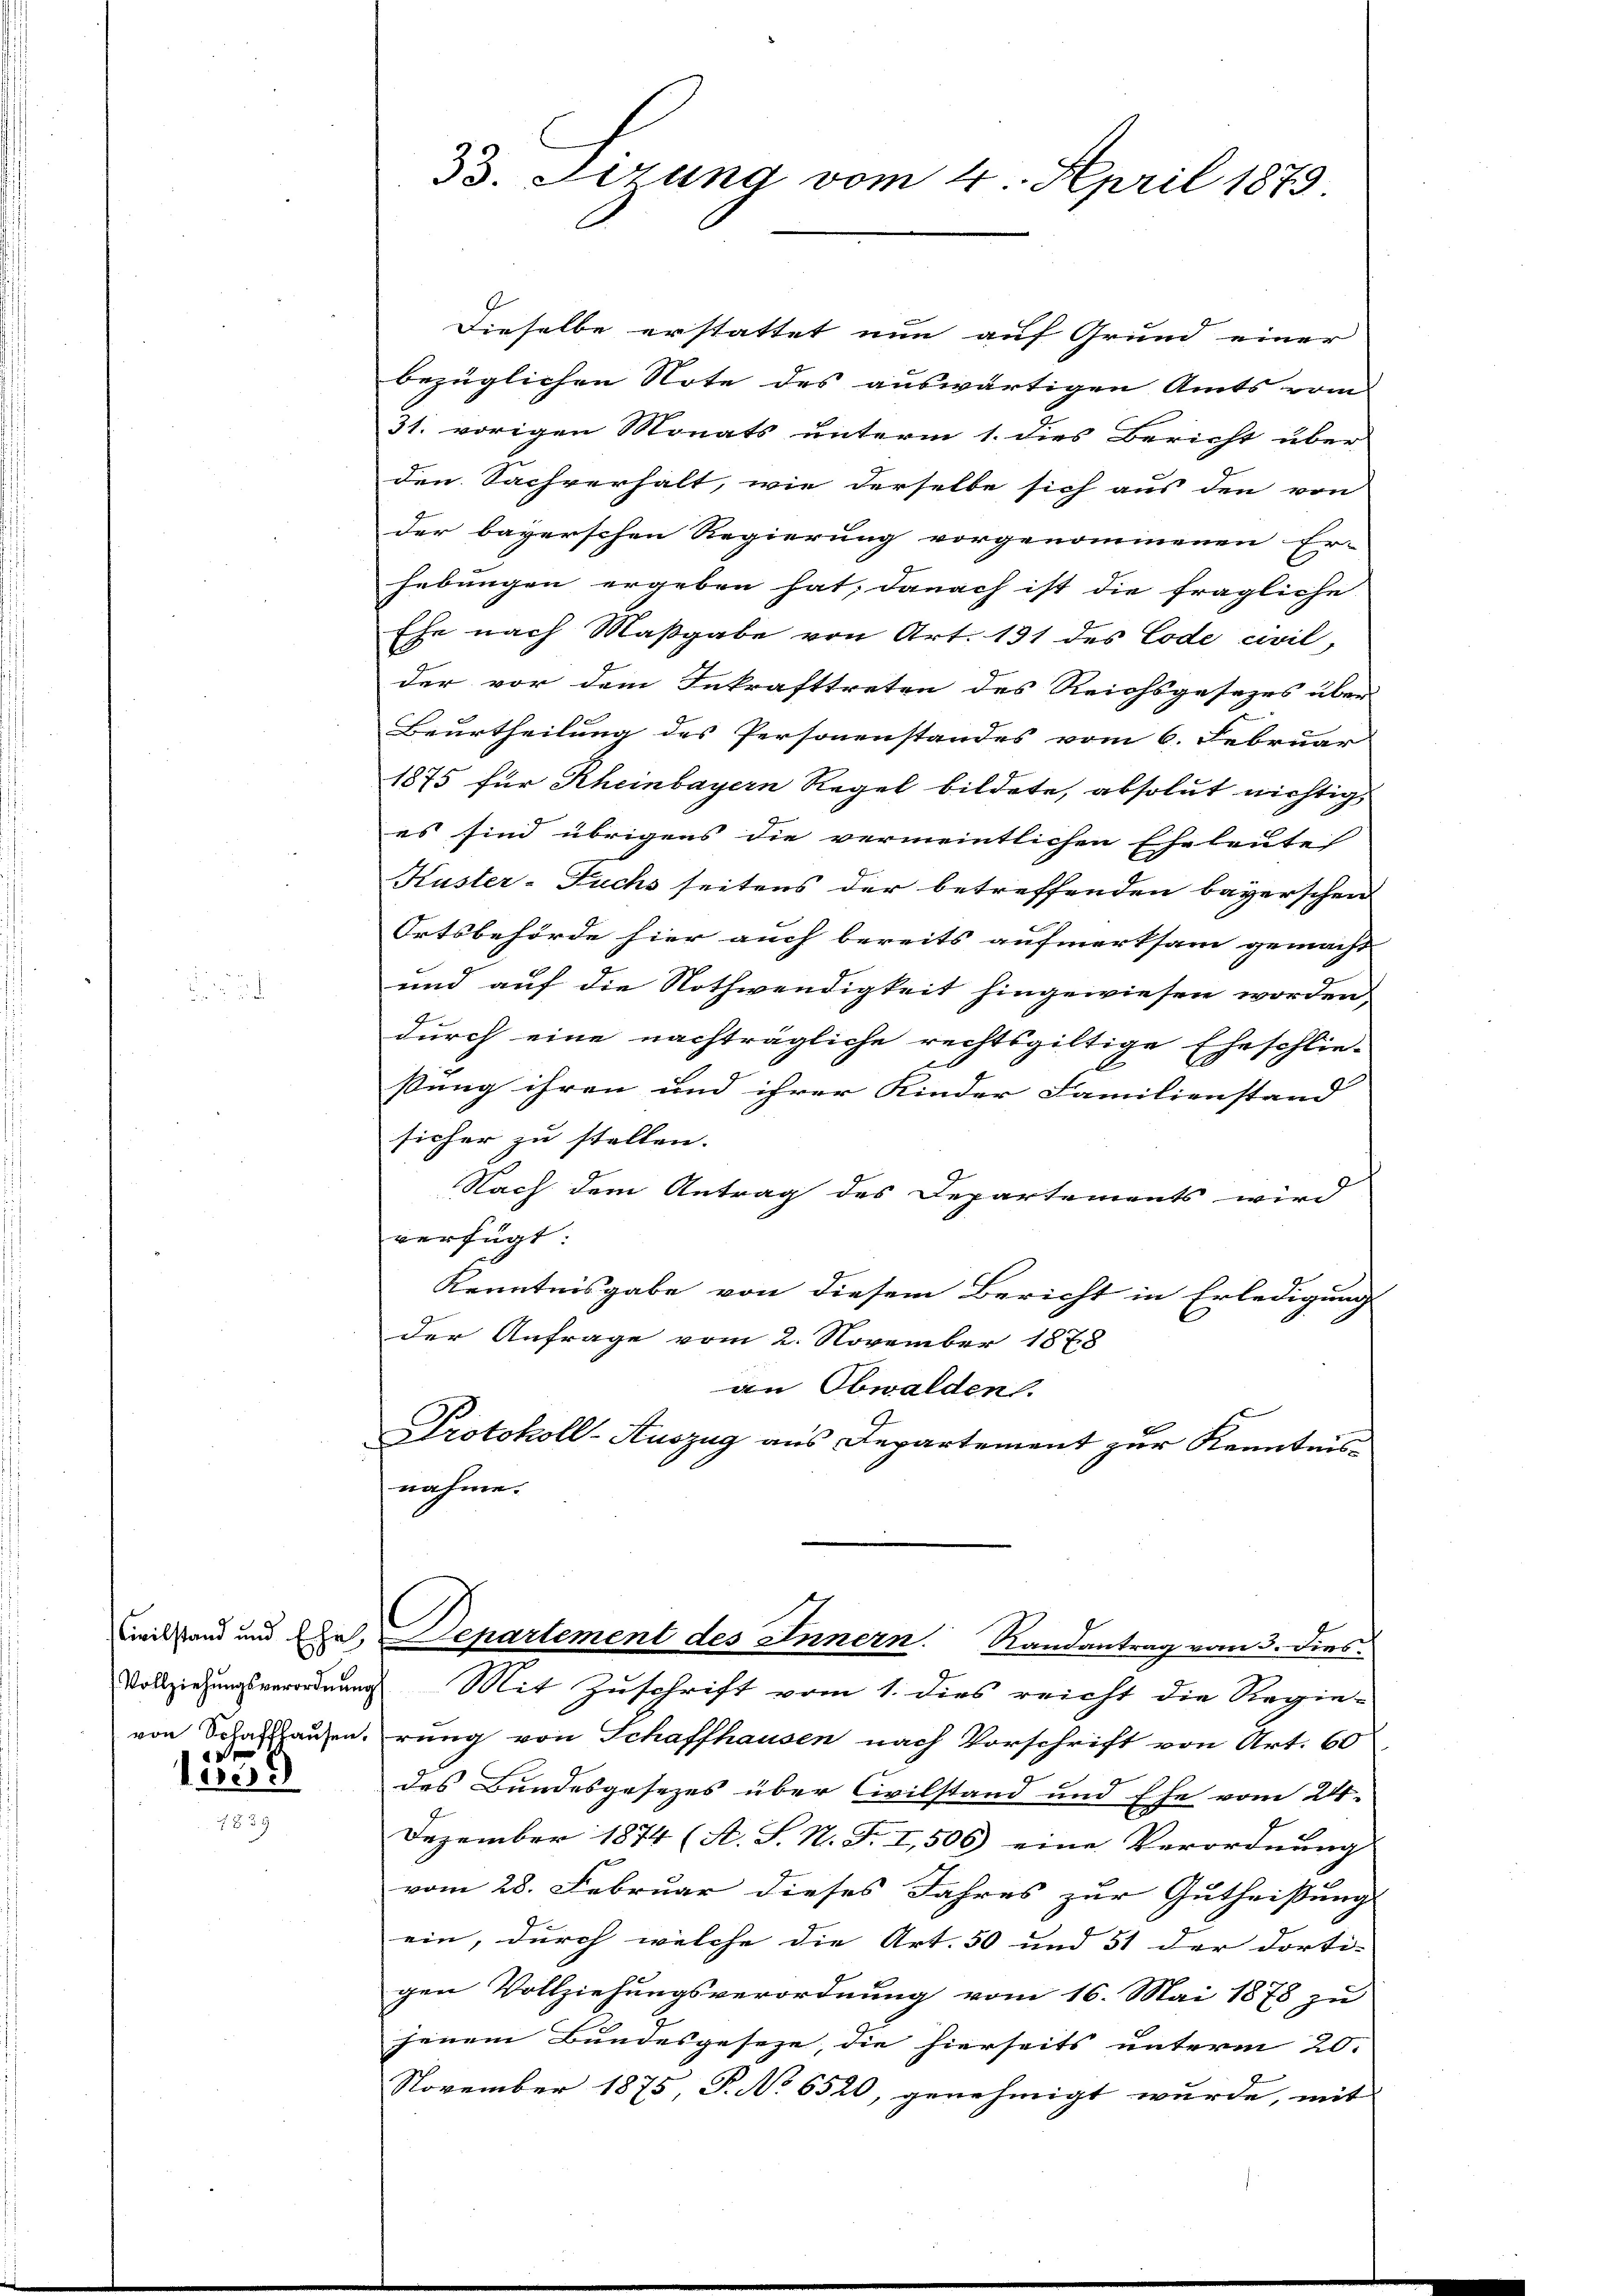
Vollziehungsverordnung
von Schaffhausen.
1

erisch

33. Sirung vom 4. April 1879.

Dieselbe erstattet nun auf Grund einer
bezüglichen Note des auswärtigen Amts vom
31. vorigen Monats unterm 1. dies Bericht über
den Sachverhält, wie derselbe sich aus den von
der bayerschen Regierung vorgenommenen Er-
hebungen ergeben hat; danach ist die fragliche
Ehe nach Maßgabe von Art. 131 des Code civil,
der vor dem Inkrafttreten des Reichsgesezes über
Beurtheilung des Personenstandes vom 6. Februar
1875 für Rheinbayern Regel bildete, absolut nichtig
es sind übrigens die vermeintlichen Eheleute
Kuster-Fuchs seitens der betreffenden bayerschen
Ortsbehörde hier auch bereits aufmerksam gemacht |
und auf die Nothwendigkeit hingewiesen worden,
durch eine nachträgliche rechtsgültige Eheschlie-
ßung ihren und ihrer Kinder Familienstand |
sicher zu stellen.
t
Nach dem Antrag des Departements wird
verfügt:
Kenntnisgabe von diesem Bericht in Erledigung
Der Anfrage vom 2. November 1878
an Obwalden.
Protokoll-Auszug aus Departement zur Kenntnisnahme.
Civilstand und Ehe, Departement des Innern. Randantrag vom 3. dies
Mit Zuschrift vom 1. dies reicht die Regie-
rung von Schaffhausen nach Vorschrift von Art. 60
des Bundesgesezes über Civilstand und Ehe vom 24.
Dezember 1874 (A. S. N. F. I,506) eine Verordnung
vom 28. Februar dieses Jahres zur Gutheißung
ein, durch welche die Art. 50 und 51 der dorti- |
gen Vollziehungsverordnung vom 16. Mai 1878 zu
jenem Bundesgeseze, die hierseits unterm 20.
November 1875, P. No 6520, genehmigt wurde, mit